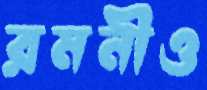
রমনীও